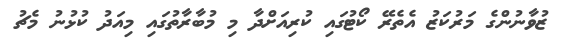
ޒުވާނުންގެ މަރުކަޒު އެތެރޭ ކޯޓުގައި ކުރިއަށްދާ މި މުބާރާތުގައި މިއަދު ކުޅުނު މެޗު